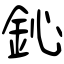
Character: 鈊